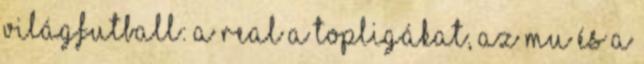
Világfutball: a Real a topligákat, az MU és a